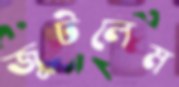
জুটলেম